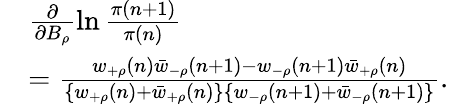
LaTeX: \begin{array}{rl}&{\frac{\partial}{\partial B_{\rho}}\ln\frac{\pi(n+1)}{\pi(n)}\ }\\ &{=\frac{w_{+\rho}(n)\bar{w}_{-\rho}(n+1)-w_{-\rho}(n+1)\bar{w}_{+\rho}(n)}{\{ w_{+\rho}(n)+\bar{w}_{+\rho}(n)\} \{ w_{-\rho}(n+1)+\bar{w}_{-\rho}(n+1)\} }.}\end{array}